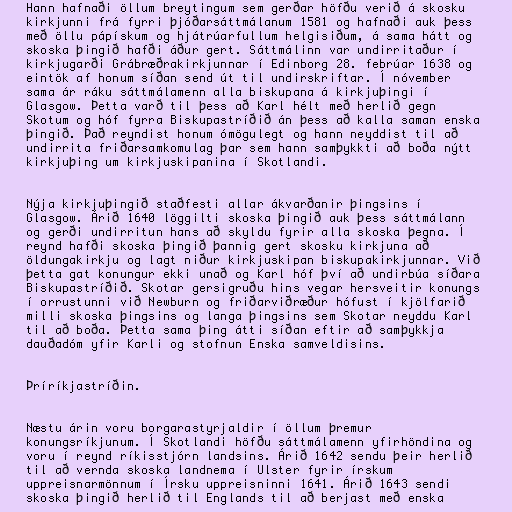
Hann hafnaði öllum breytingum sem gerðar höfðu verið á skosku
kirkjunni frá fyrri þjóðarsáttmálanum 1581 og hafnaði auk þess
með öllu pápískum og hjátrúarfullum helgisiðum, á sama hátt og
skoska þingið hafði áður gert. Sáttmálinn var undirritaður í
kirkjugarði Grábræðrakirkjunnar í Edinborg 28. febrúar 1638 og
eintök af honum síðan send út til undirskriftar. Í nóvember
sama ár ráku sáttmálamenn alla biskupana á kirkjuþingi í
Glasgow. Þetta varð til þess að Karl hélt með herlið gegn
Skotum og hóf fyrra Biskupastríðið án þess að kalla saman enska
þingið. Það reyndist honum ómögulegt og hann neyddist til að
undirrita friðarsamkomulag þar sem hann samþykkti að boða nýtt
kirkjuþing um kirkjuskipanina í Skotlandi.

Nýja kirkjuþingið staðfesti allar ákvarðanir þingsins í
Glasgow. Árið 1640 löggilti skoska þingið auk þess sáttmálann
og gerði undirritun hans að skyldu fyrir alla skoska þegna. Í
reynd hafði skoska þingið þannig gert skosku kirkjuna að
öldungakirkju og lagt niður kirkjuskipan biskupakirkjunnar. Við
þetta gat konungur ekki unað og Karl hóf því að undirbúa síðara
Biskupastríðið. Skotar gersigruðu hins vegar hersveitir konungs
í orrustunni við Newburn og friðarviðræður hófust í kjölfarið
milli skoska þingsins og langa þingsins sem Skotar neyddu Karl
til að boða. Þetta sama þing átti síðan eftir að samþykkja
dauðadóm yfir Karli og stofnun Enska samveldisins.

Þríríkjastríðin.

Næstu árin voru borgarastyrjaldir í öllum þremur
konungsríkjunum. Í Skotlandi höfðu sáttmálamenn yfirhöndina og
voru í reynd ríkisstjórn landsins. Árið 1642 sendu þeir herlið
til að vernda skoska landnema í Ulster fyrir írskum
uppreisnarmönnum í Írsku uppreisninni 1641. Árið 1643 sendi
skoska þingið herlið til Englands til að berjast með enska